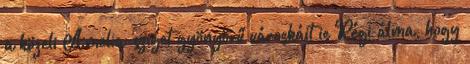
a közeli Amelia-sziget gyönyörű városkáit is Régi álma, hogy